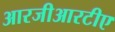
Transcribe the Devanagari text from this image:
आरजीआरटीए